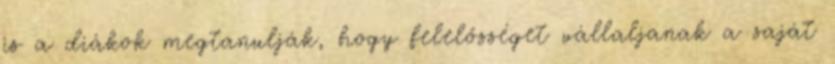
is a diákok megtanulják, hogy felelősséget vállaljanak a saját